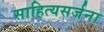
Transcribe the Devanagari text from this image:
साहित्यसर्जना